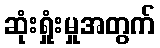
ဆုံးရှုံးမှုအတွက်